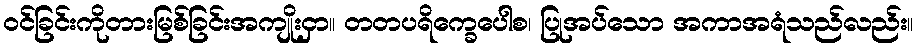
ဝင်ခြင်းကိုတားမြစ်ခြင်းအကျိုးငှာ။ တတပရိက္ခေပေါစ၊ ပြုအပ်သော အကာအရံသည်လည်း။